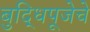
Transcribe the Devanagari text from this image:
बुद्धिपूजेचे